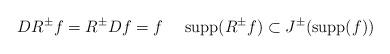
LaTeX: \begin{align*} DR^\pm f = R^\pm Df = f \ \ \ \ {\rm supp}(R^\pm f) \subset J^\pm({\rm supp}(f))\end{align*}